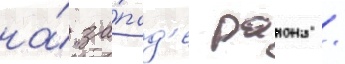
на́ за́пад'е раиона /